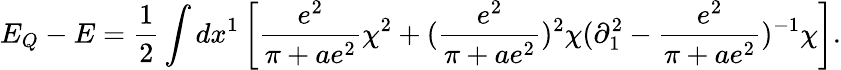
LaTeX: E_{Q}-E={\frac{1}{2}}\int dx^{1}\left[{\frac{e^{2}}{\pi+ae^{2}}}\chi^{2}+({\frac{e^{2}}{\pi+ae^{2}}})^{2}\chi(\partial_{1}^{2}-{\frac{e^{2}}{\pi+ae^{2}}})^{-1}\chi\right].